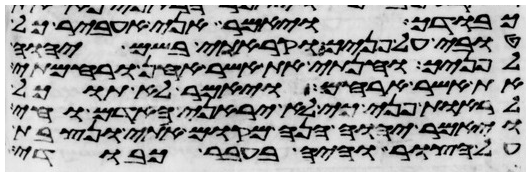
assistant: כבודך ויאמר אני אעביר כל
טובי על פניך וקראתי בשם יהוה
לפניך וחנתי את אשר אחן ורחמתי
את אשר ארחם ויאמר לא תוכל
לראות פני כי לא יראני האדם וחי
ויאמר יהוה הנה מקום אתי ונצבת
על הצור והיה בעבר כבודי